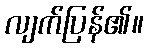
လျက်ပြန်၏။